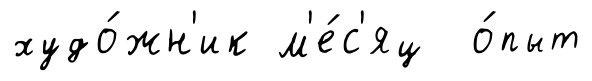
худо́жн'ик м'е́с'яц о́пыт